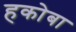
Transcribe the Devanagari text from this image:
हकोबा